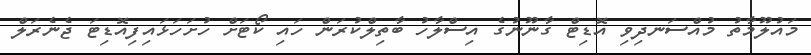
މައުލޫމާތު މުއްސަނދިވި އޮޑިޓް ގާނޫނުގެ އިސްލާހު ބާތިލްކުރަން ހައި ކޯޓަށް ހުށަހަޅައިފިއޮޑިޓަ ޖެނެރަލް